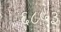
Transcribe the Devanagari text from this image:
६८५३